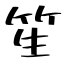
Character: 笙